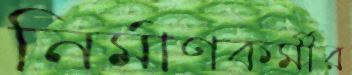
নির্মাণকর্মীর